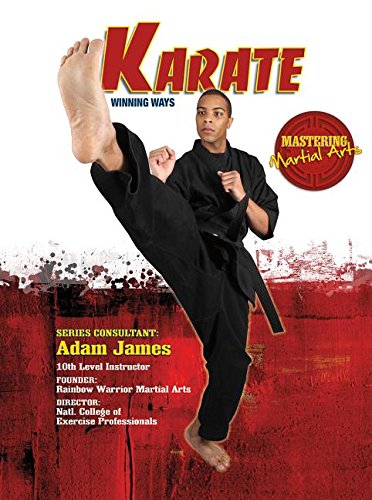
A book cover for Karate: Winning Ways (Mastering Martial Arts); Nathan Johnson; Teen & Young Adult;